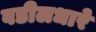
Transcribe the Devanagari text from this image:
वडीलधारे